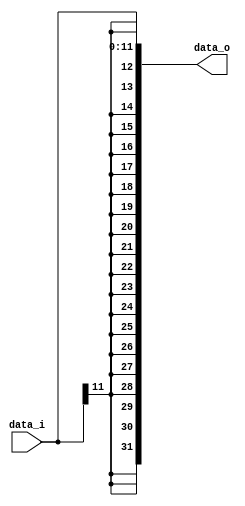
module SignExtend(data_i,data_o);
    input [11:0] data_i;
    output [31:0] data_o;
    assign data_o[11:0] = data_i;
    assign data_o[31:12] = {20{data_i[11]}};
endmodule